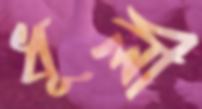
ধূলী